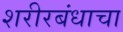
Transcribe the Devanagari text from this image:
शरीरबंधाचा